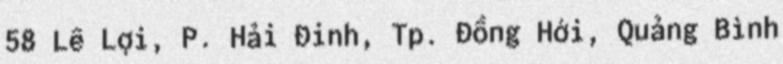
58 Lê Lợi, P. Hải Đinh, Tp. Đồng Hới, Quảng Bình